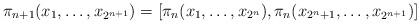
LaTeX: \begin{align*}\pi_{n+1}(x_1,\dots,x_{2^{n+1}})=[\pi_n(x_1,\dots,x_{2^n}),\pi_n(x_{2^{n}+1},\dots,x_{2^{n+1}})]\end{align*}